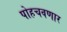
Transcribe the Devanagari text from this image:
पोहचवणार